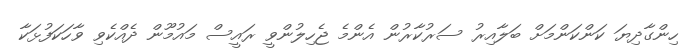
ހިންގާދިޔަ ކަންކަންމަށް ބަލާއިރު ސަރުކާރުން އެންމެ ޖެހިލުންވީ ރައީސް މައުމޫން ދެއްކެވި ވާހަކަފުޅަކާ